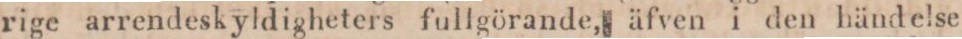
rige arrendeskyldigheters fullgörande, äfven i den händelse